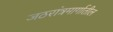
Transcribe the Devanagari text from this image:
जठरांत्रमार्गातील